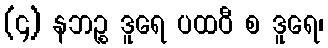
(၄) နဘဉ္စ ဒူရေ ပထဝီ စ ဒူရေ၊